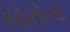
લોનોના